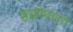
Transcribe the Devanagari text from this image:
छह्मवेशधारी